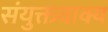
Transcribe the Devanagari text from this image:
संयुक्तवाक्य